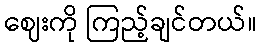
ဈေးကို ကြည့်ချင်တယ်။